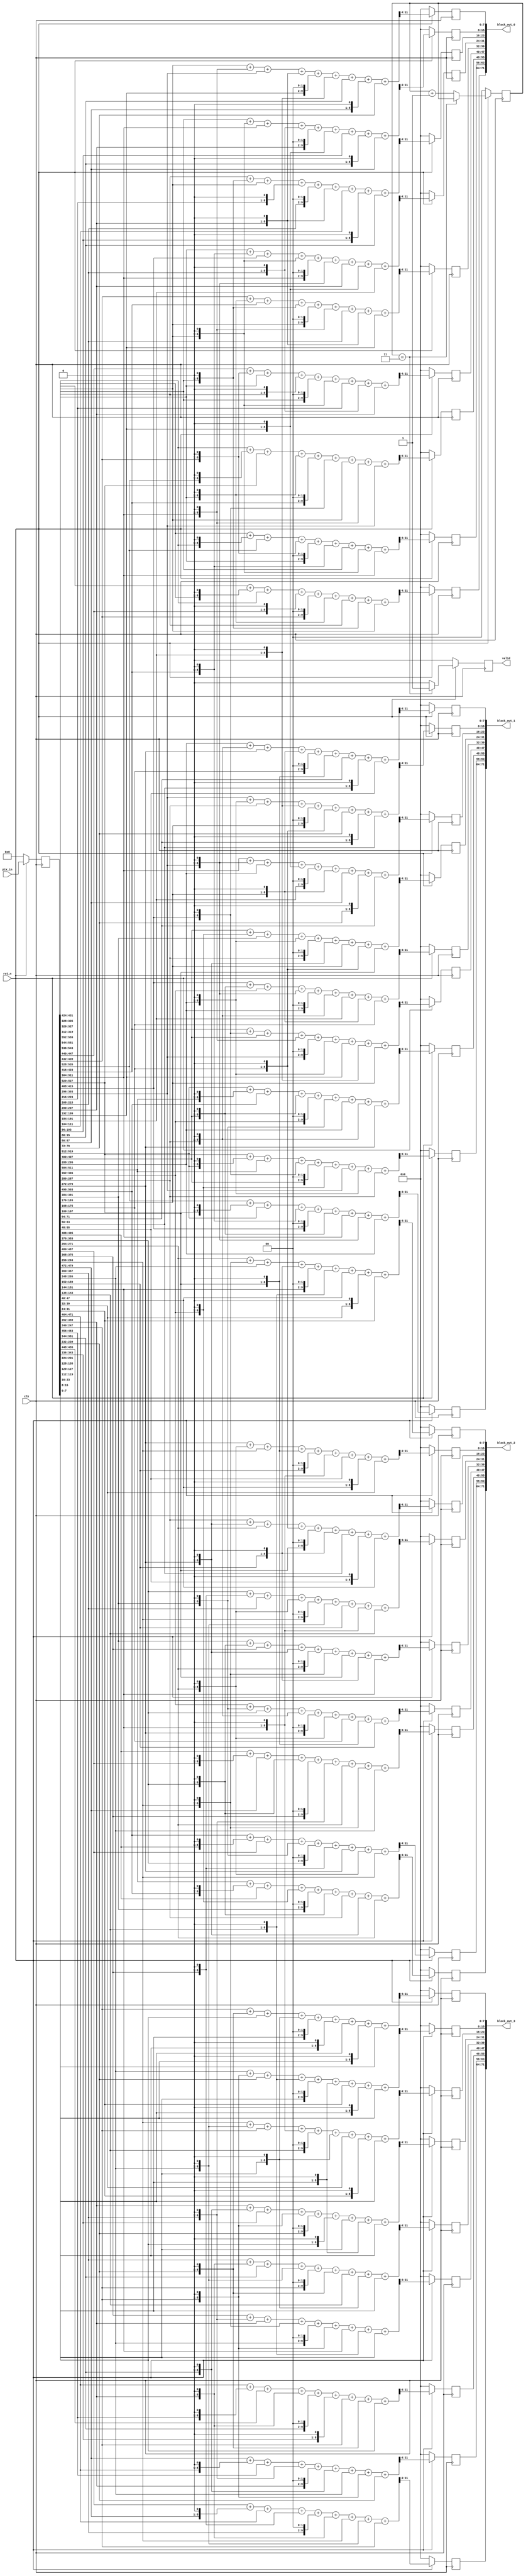
module Gaussian
#(
    parameter BIT_WIDTH = 8
)
(
    input clk,
    input rst_n,
    input [5*14*BIT_WIDTH-1:0] pix_in, // 70*8-1 = 559
    output reg valid,
    output [9*BIT_WIDTH-1:0] block_out_0,
    output [9*BIT_WIDTH-1:0] block_out_1,
    output [9*BIT_WIDTH-1:0] block_out_2,
    output [9*BIT_WIDTH-1:0] block_out_3
);
integer i;

reg [1:0] cnt, n_cnt;
reg n_valid;
reg [5*14*BIT_WIDTH-1:0] pix_in_DFF;
reg [BIT_WIDTH-1:0] block_in_0[0:24];
reg [BIT_WIDTH-1:0] block_in_1[0:24];
reg [BIT_WIDTH-1:0] block_in_2[0:24];
reg [BIT_WIDTH-1:0] block_in_3[0:24];
reg [BIT_WIDTH-1:0] n_blk_out0[0:8], blk_out0[0:8];
reg [BIT_WIDTH-1:0] n_blk_out1[0:8], blk_out1[0:8];
reg [BIT_WIDTH-1:0] n_blk_out2[0:8], blk_out2[0:8];
reg [BIT_WIDTH-1:0] n_blk_out3[0:8], blk_out3[0:8];
reg [11:0] temp_out0[0:8];
reg [11:0] temp_out1[0:8];
reg [11:0] temp_out2[0:8];
reg [11:0] temp_out3[0:8];

always @(*) begin
    block_in_0[0] = pix_in_DFF[559:552];
    block_in_0[1] = pix_in_DFF[551:544];
    block_in_0[2] = pix_in_DFF[543:536];
    block_in_0[3] = pix_in_DFF[535:528];
    block_in_0[4] = pix_in_DFF[527:520];
    block_in_0[5] = pix_in_DFF[447:440];
    block_in_0[6] = pix_in_DFF[439:432];
    block_in_0[7] = pix_in_DFF[431:424];
    block_in_0[8] = pix_in_DFF[423:416];
    block_in_0[9] = pix_in_DFF[415:408];
    block_in_0[10] = pix_in_DFF[335:328];
    block_in_0[11] = pix_in_DFF[327:320];
    block_in_0[12] = pix_in_DFF[319:312];
    block_in_0[13] = pix_in_DFF[311:304];
    block_in_0[14] = pix_in_DFF[303:296];
    block_in_0[15] = pix_in_DFF[223:216];
    block_in_0[16] = pix_in_DFF[215:208];
    block_in_0[17] = pix_in_DFF[207:200];
    block_in_0[18] = pix_in_DFF[199:192];
    block_in_0[19] = pix_in_DFF[191:184];
    block_in_0[20] = pix_in_DFF[111:104];
    block_in_0[21] = pix_in_DFF[103:96];
    block_in_0[22] = pix_in_DFF[95:88];
    block_in_0[23] = pix_in_DFF[87:80];
    block_in_0[24] = pix_in_DFF[79:72];

    block_in_1[0] = pix_in_DFF[535:528];
    block_in_1[1] = pix_in_DFF[527:520];
    block_in_1[2] = pix_in_DFF[519:512];
    block_in_1[3] = pix_in_DFF[511:504];
    block_in_1[4] = pix_in_DFF[503:496];
    block_in_1[5] = pix_in_DFF[423:416];
    block_in_1[6] = pix_in_DFF[415:408];
    block_in_1[7] = pix_in_DFF[407:400];
    block_in_1[8] = pix_in_DFF[399:392];
    block_in_1[9] = pix_in_DFF[391:384];
    block_in_1[10] = pix_in_DFF[311:304];
    block_in_1[11] = pix_in_DFF[303:296];
    block_in_1[12] = pix_in_DFF[295:288];
    block_in_1[13] = pix_in_DFF[287:280];
    block_in_1[14] = pix_in_DFF[279:272];
    block_in_1[15] = pix_in_DFF[199:192];
    block_in_1[16] = pix_in_DFF[191:184];
    block_in_1[17] = pix_in_DFF[183:176];
    block_in_1[18] = pix_in_DFF[175:168];
    block_in_1[19] = pix_in_DFF[167:160];
    block_in_1[20] = pix_in_DFF[87:80];
    block_in_1[21] = pix_in_DFF[79:72];
    block_in_1[22] = pix_in_DFF[71:64];
    block_in_1[23] = pix_in_DFF[63:56];
    block_in_1[24] = pix_in_DFF[55:48];

    block_in_2[0] = pix_in_DFF[511:504];
    block_in_2[1] = pix_in_DFF[503:496];
    block_in_2[2] = pix_in_DFF[495:488];
    block_in_2[3] = pix_in_DFF[487:480];
    block_in_2[4] = pix_in_DFF[479:472];
    block_in_2[5] = pix_in_DFF[399:392];
    block_in_2[6] = pix_in_DFF[391:384];
    block_in_2[7] = pix_in_DFF[383:376];
    block_in_2[8] = pix_in_DFF[375:368];
    block_in_2[9] = pix_in_DFF[367:360];
    block_in_2[10] = pix_in_DFF[287:280];
    block_in_2[11] = pix_in_DFF[279:272];
    block_in_2[12] = pix_in_DFF[271:264];
    block_in_2[13] = pix_in_DFF[263:256];
    block_in_2[14] = pix_in_DFF[255:248];
    block_in_2[15] = pix_in_DFF[175:168];
    block_in_2[16] = pix_in_DFF[167:160];
    block_in_2[17] = pix_in_DFF[159:152];
    block_in_2[18] = pix_in_DFF[151:144];
    block_in_2[19] = pix_in_DFF[143:136];
    block_in_2[20] = pix_in_DFF[63:56];
    block_in_2[21] = pix_in_DFF[55:48];
    block_in_2[22] = pix_in_DFF[47:40];
    block_in_2[23] = pix_in_DFF[39:32];
    block_in_2[24] = pix_in_DFF[31:24];

    block_in_3[0] = pix_in_DFF[487:480];
    block_in_3[1] = pix_in_DFF[479:472];
    block_in_3[2] = pix_in_DFF[471:464];
    block_in_3[3] = pix_in_DFF[463:456];
    block_in_3[4] = pix_in_DFF[455:448];
    block_in_3[5] = pix_in_DFF[375:368];
    block_in_3[6] = pix_in_DFF[367:360];
    block_in_3[7] = pix_in_DFF[359:352];
    block_in_3[8] = pix_in_DFF[351:344];
    block_in_3[9] = pix_in_DFF[343:336];
    block_in_3[10] = pix_in_DFF[263:256];
    block_in_3[11] = pix_in_DFF[255:248];
    block_in_3[12] = pix_in_DFF[247:240];
    block_in_3[13] = pix_in_DFF[239:232];
    block_in_3[14] = pix_in_DFF[231:224];
    block_in_3[15] = pix_in_DFF[151:144];
    block_in_3[16] = pix_in_DFF[143:136];
    block_in_3[17] = pix_in_DFF[135:128];
    block_in_3[18] = pix_in_DFF[127:120];
    block_in_3[19] = pix_in_DFF[119:112];
    block_in_3[20] = pix_in_DFF[39:32];
    block_in_3[21] = pix_in_DFF[31:24];
    block_in_3[22] = pix_in_DFF[23:16];
    block_in_3[23] = pix_in_DFF[15:8];
    block_in_3[24] = pix_in_DFF[7:0];
end

always @(*) begin
    temp_out0[0] = block_in_0[0] + {block_in_0[1],1'b0} + block_in_0[2] + {block_in_0[5],1'b0} + {block_in_0[6],2'b0}
                   + {block_in_0[7],1'b0} + block_in_0[10] + {block_in_0[11],1'b0} + block_in_0[12];
    temp_out0[1] = block_in_0[1] + {block_in_0[2],1'b0} + block_in_0[3] + {block_in_0[6],1'b0} + {block_in_0[7],2'b0}
                   + {block_in_0[8],1'b0} + block_in_0[11] + {block_in_0[12],1'b0} + block_in_0[13];
    temp_out0[2] = block_in_0[2] + {block_in_0[3],1'b0} + block_in_0[4] + {block_in_0[7],1'b0} + {block_in_0[8],2'b0}
                   + {block_in_0[9],1'b0} + block_in_0[12] + {block_in_0[13],1'b0} + block_in_0[14];
    temp_out0[3] = block_in_0[5] + {block_in_0[6],1'b0} + block_in_0[7] + {block_in_0[10],1'b0} + {block_in_0[11],2'b0}
                   + {block_in_0[12],1'b0} + block_in_0[15] + {block_in_0[16],1'b0} + block_in_0[17];
    temp_out0[4] = block_in_0[6] + {block_in_0[7],1'b0} + block_in_0[8] + {block_in_0[11],1'b0} + {block_in_0[12],2'b0}
                   + {block_in_0[13],1'b0} + block_in_0[16] + {block_in_0[17],1'b0} + block_in_0[18];
    temp_out0[5] = block_in_0[7] + {block_in_0[8],1'b0} + block_in_0[9] + {block_in_0[12],1'b0} + {block_in_0[13],2'b0}
                   + {block_in_0[14],1'b0} + block_in_0[17] + {block_in_0[18],1'b0} + block_in_0[19];
    temp_out0[6] = block_in_0[10] + {block_in_0[11],1'b0} + block_in_0[12] + {block_in_0[15],1'b0} + {block_in_0[16],2'b0}
                   + {block_in_0[17],1'b0} + block_in_0[20] + {block_in_0[21],1'b0} + block_in_0[22];
    temp_out0[7] = block_in_0[11] + {block_in_0[12],1'b0} + block_in_0[13] + {block_in_0[16],1'b0} + {block_in_0[17],2'b0}
                   + {block_in_0[18],1'b0} + block_in_0[21] + {block_in_0[22],1'b0} + block_in_0[23];
    temp_out0[8] = block_in_0[12] + {block_in_0[13],1'b0} + block_in_0[14] + {block_in_0[17],1'b0} + {block_in_0[18],2'b0}
                   + {block_in_0[19],1'b0} + block_in_0[22] + {block_in_0[23],1'b0} + block_in_0[24];
    /////////////////////////////////////////////////////////////////////////////////////////////////////////////////////////////////
    temp_out1[0] = block_in_1[0] + {block_in_1[1],1'b0} + block_in_1[2] + {block_in_1[5],1'b0} + {block_in_1[6],2'b0}
                   + {block_in_1[7],1'b0} + block_in_1[10] + {block_in_1[11],1'b0} + block_in_1[12];
    temp_out1[1] = block_in_1[1] + {block_in_1[2],1'b0} + block_in_1[3] + {block_in_1[6],1'b0} + {block_in_1[7],2'b0}
                   + {block_in_1[8],1'b0} + block_in_1[11] + {block_in_1[12],1'b0} + block_in_1[13];
    temp_out1[2] = block_in_1[2] + {block_in_1[3],1'b0} + block_in_1[4] + {block_in_1[7],1'b0} + {block_in_1[8],2'b0}
                   + {block_in_1[9],1'b0} + block_in_1[12] + {block_in_1[13],1'b0} + block_in_1[14];
    temp_out1[3] = block_in_1[5] + {block_in_1[6],1'b0} + block_in_1[7] + {block_in_1[10],1'b0} + {block_in_1[11],2'b0}
                   + {block_in_1[12],1'b0} + block_in_1[15] + {block_in_1[16],1'b0} + block_in_1[17];
    temp_out1[4] = block_in_1[6] + {block_in_1[7],1'b0} + block_in_1[8] + {block_in_1[11],1'b0} + {block_in_1[12],2'b0}
                   + {block_in_1[13],1'b0} + block_in_1[16] + {block_in_1[17],1'b0} + block_in_1[18];
    temp_out1[5] = block_in_1[7] + {block_in_1[8],1'b0} + block_in_1[9] + {block_in_1[12],1'b0} + {block_in_1[13],2'b0}
                   + {block_in_1[14],1'b0} + block_in_1[17] + {block_in_1[18],1'b0} + block_in_1[19];
    temp_out1[6] = block_in_1[10] + {block_in_1[11],1'b0} + block_in_1[12] + {block_in_1[15],1'b0} + {block_in_1[16],2'b0}
                   + {block_in_1[17],1'b0} + block_in_1[20] + {block_in_1[21],1'b0} + block_in_1[22];
    temp_out1[7] = block_in_1[11] + {block_in_1[12],1'b0} + block_in_1[13] + {block_in_1[16],1'b0} + {block_in_1[17],2'b0}
                   + {block_in_1[18],1'b0} + block_in_1[21] + {block_in_1[22],1'b0} + block_in_1[23];
    temp_out1[8] = block_in_1[12] + {block_in_1[13],1'b0} + block_in_1[14] + {block_in_1[17],1'b0} + {block_in_1[18],2'b0}
                   + {block_in_1[19],1'b0} + block_in_1[22] + {block_in_1[23],1'b0} + block_in_1[24];
    /////////////////////////////////////////////////////////////////////////////////////////////////////////////////////////////////////
    temp_out2[0] = block_in_2[0] + {block_in_2[1],1'b0} + block_in_2[2] + {block_in_2[5],1'b0} + {block_in_2[6],2'b0}
                   + {block_in_2[7],1'b0} + block_in_2[10] + {block_in_2[11],1'b0} + block_in_2[12];
    temp_out2[1] = block_in_2[1] + {block_in_2[2],1'b0} + block_in_2[3] + {block_in_2[6],1'b0} + {block_in_2[7],2'b0}
                   + {block_in_2[8],1'b0} + block_in_2[11] + {block_in_2[12],1'b0} + block_in_2[13];
    temp_out2[2] = block_in_2[2] + {block_in_2[3],1'b0} + block_in_2[4] + {block_in_2[7],1'b0} + {block_in_2[8],2'b0}
                   + {block_in_2[9],1'b0} + block_in_2[12] + {block_in_2[13],1'b0} + block_in_2[14];
    temp_out2[3] = block_in_2[5] + {block_in_2[6],1'b0} + block_in_2[7] + {block_in_2[10],1'b0} + {block_in_2[11],2'b0}
                   + {block_in_2[12],1'b0} + block_in_2[15] + {block_in_2[16],1'b0} + block_in_2[17];
    temp_out2[4] = block_in_2[6] + {block_in_2[7],1'b0} + block_in_2[8] + {block_in_2[11],1'b0} + {block_in_2[12],2'b0}
                   + {block_in_2[13],1'b0} + block_in_2[16] + {block_in_2[17],1'b0} + block_in_2[18];
    temp_out2[5] = block_in_2[7] + {block_in_2[8],1'b0} + block_in_2[9] + {block_in_2[12],1'b0} + {block_in_2[13],2'b0}
                   + {block_in_2[14],1'b0} + block_in_2[17] + {block_in_2[18],1'b0} + block_in_2[19];
    temp_out2[6] = block_in_2[10] + {block_in_2[11],1'b0} + block_in_2[12] + {block_in_2[15],1'b0} + {block_in_2[16],2'b0}
                   + {block_in_2[17],1'b0} + block_in_2[20] + {block_in_2[21],1'b0} + block_in_2[22];
    temp_out2[7] = block_in_2[11] + {block_in_2[12],1'b0} + block_in_2[13] + {block_in_2[16],1'b0} + {block_in_2[17],2'b0}
                   + {block_in_2[18],1'b0} + block_in_2[21] + {block_in_2[22],1'b0} + block_in_2[23];
    temp_out2[8] = block_in_2[12] + {block_in_2[13],1'b0} + block_in_2[14] + {block_in_2[17],1'b0} + {block_in_2[18],2'b0}
                   + {block_in_2[19],1'b0} + block_in_2[22] + {block_in_2[23],1'b0} + block_in_2[24];
    ////////////////////////////////////////////////////////////////////////////////////////////////////////////////////////////////////
    temp_out3[0] = block_in_3[0] + {block_in_3[1],1'b0} + block_in_3[2] + {block_in_3[5],1'b0} + {block_in_3[6],2'b0}
                   + {block_in_3[7],1'b0} + block_in_3[10] + {block_in_3[11],1'b0} + block_in_3[12];
    temp_out3[1] = block_in_3[1] + {block_in_3[2],1'b0} + block_in_3[3] + {block_in_3[6],1'b0} + {block_in_3[7],2'b0}
                   + {block_in_3[8],1'b0} + block_in_3[11] + {block_in_3[12],1'b0} + block_in_3[13];
    temp_out3[2] = block_in_3[2] + {block_in_3[3],1'b0} + block_in_3[4] + {block_in_3[7],1'b0} + {block_in_3[8],2'b0}
                   + {block_in_3[9],1'b0} + block_in_3[12] + {block_in_3[13],1'b0} + block_in_3[14];
    temp_out3[3] = block_in_3[5] + {block_in_3[6],1'b0} + block_in_3[7] + {block_in_3[10],1'b0} + {block_in_3[11],2'b0}
                   + {block_in_3[12],1'b0} + block_in_3[15] + {block_in_3[16],1'b0} + block_in_3[17];
    temp_out3[4] = block_in_3[6] + {block_in_3[7],1'b0} + block_in_3[8] + {block_in_3[11],1'b0} + {block_in_3[12],2'b0}
                   + {block_in_3[13],1'b0} + block_in_3[16] + {block_in_3[17],1'b0} + block_in_3[18];
    temp_out3[5] = block_in_3[7] + {block_in_3[8],1'b0} + block_in_3[9] + {block_in_3[12],1'b0} + {block_in_3[13],2'b0}
                   + {block_in_3[14],1'b0} + block_in_3[17] + {block_in_3[18],1'b0} + block_in_3[19];
    temp_out3[6] = block_in_3[10] + {block_in_3[11],1'b0} + block_in_3[12] + {block_in_3[15],1'b0} + {block_in_3[16],2'b0}
                   + {block_in_3[17],1'b0} + block_in_3[20] + {block_in_3[21],1'b0} + block_in_3[22];
    temp_out3[7] = block_in_3[11] + {block_in_3[12],1'b0} + block_in_3[13] + {block_in_3[16],1'b0} + {block_in_3[17],2'b0}
                   + {block_in_3[18],1'b0} + block_in_3[21] + {block_in_3[22],1'b0} + block_in_3[23];
    temp_out3[8] = block_in_3[12] + {block_in_3[13],1'b0} + block_in_3[14] + {block_in_3[17],1'b0} + {block_in_3[18],2'b0}
                   + {block_in_3[19],1'b0} + block_in_3[22] + {block_in_3[23],1'b0} + block_in_3[24];
    //////////////////////////////////////////////////////////////////////////////////////////////////////////////////////////////////////
    for(i=0;i<9;i=i+1) begin 
        n_blk_out0[i] = temp_out0[i][11:4];
        n_blk_out1[i] = temp_out1[i][11:4];
        n_blk_out2[i] = temp_out2[i][11:4];
        n_blk_out3[i] = temp_out3[i][11:4];
    end
end

// always @(*) begin
assign block_out_0 = {blk_out0[0], blk_out0[1], blk_out0[2], blk_out0[3], blk_out0[4], blk_out0[5], blk_out0[6], blk_out0[7], blk_out0[8]};
assign block_out_1 = {blk_out1[0], blk_out1[1], blk_out1[2], blk_out1[3], blk_out1[4], blk_out1[5], blk_out1[6], blk_out1[7], blk_out1[8]};
assign block_out_2 = {blk_out2[0], blk_out2[1], blk_out2[2], blk_out2[3], blk_out2[4], blk_out2[5], blk_out2[6], blk_out2[7], blk_out2[8]};
assign block_out_3 = {blk_out3[0], blk_out3[1], blk_out3[2], blk_out3[3], blk_out3[4], blk_out3[5], blk_out3[6], blk_out3[7], blk_out3[8]};
// end

always @(*) begin
    if(cnt == 3)
        n_cnt = cnt;
    else
        n_cnt = cnt + 1;
end

always @(*) begin
    if(cnt == 3)
        n_valid = 1;
    else 
        n_valid = 0;
end

always @(posedge clk) begin
    if(~rst_n) begin
        pix_in_DFF <= 0;
        valid <= 0;
        cnt <= 0;
        for(i=0;i<9;i=i+1) begin
            blk_out0[i] <= 0;
            blk_out1[i] <= 0;
            blk_out2[i] <= 0;
            blk_out3[i] <= 0;
        end
    end
    else begin
        pix_in_DFF <= pix_in;
        valid <= n_valid;
        cnt <= n_cnt;
        for(i=0;i<9;i=i+1) begin
            blk_out0[i] <= n_blk_out0[i];
            blk_out1[i] <= n_blk_out1[i];
            blk_out2[i] <= n_blk_out2[i];
            blk_out3[i] <= n_blk_out3[i];
        end
    end
end

endmodule